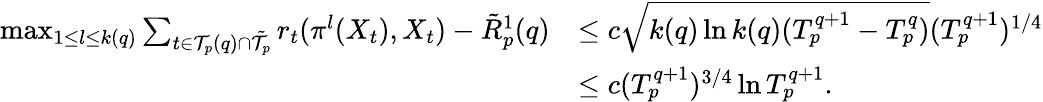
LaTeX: \begin{array}{rl}{\operatorname*{max}_{1\leq l\leq k(q)}\sum_{t\in\mathcal{T}_{p}(q)\cap\tilde{\mathcal{T}}_{p}}r_{t}(\pi^{l}(X_{t}),X_{t})-\tilde{R}_{p}^{1}(q)}&{\leq c\sqrt{k(q)\ln k(q)(T_{p}^{q+1}-T_{p}^{q})}(T_{p}^{q+1})^{1/4}}\\ &{\leq c(T_{p}^{q+1})^{3/4}\ln T_{p}^{q+1}.}\end{array}